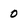
Character: 0